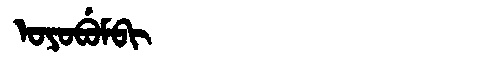
Manchu: ᠣᠶᠣᠪᡠᠮᠪᡳ
Romanization: OYOBUMBI